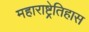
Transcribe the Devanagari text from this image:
महाराष्ट्रेतिहास